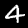
Label: 4